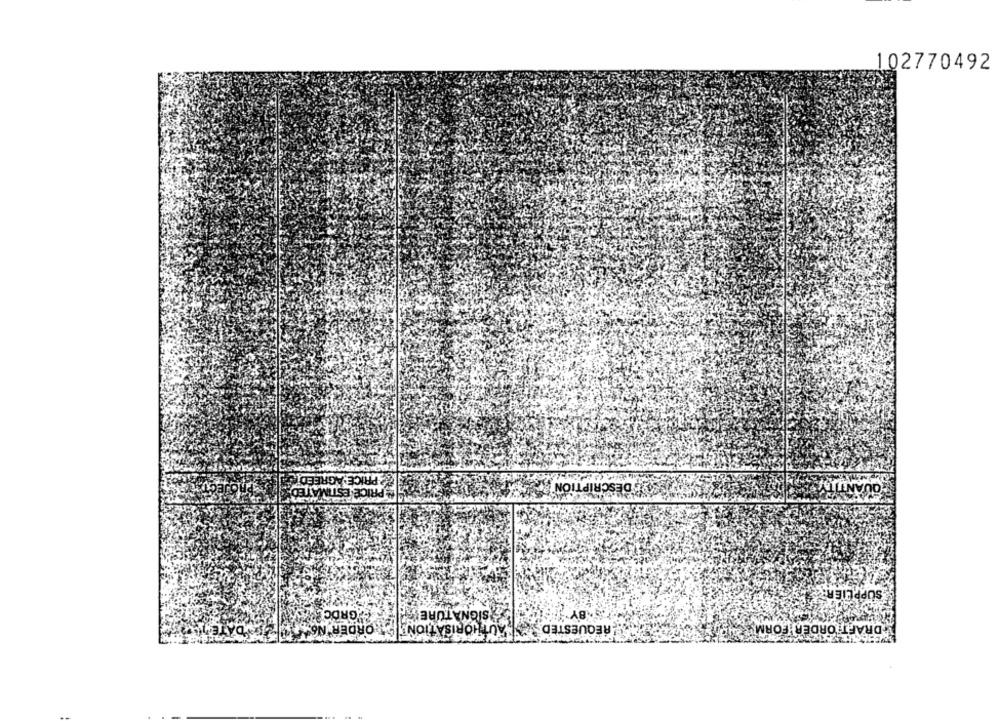
102770492
PRICE AGREED
DES
"PRICE ESTIMATED
ON
SUPPLIER
GRDC
SIGNATURE
.BY
DA
AUTHORISATIONEL
REQUESTED
DRAFT ORDER FORM
ORDER NOW TO